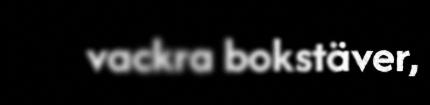
vackra bokstäver,